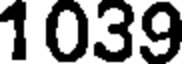
1039